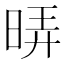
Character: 𭦄